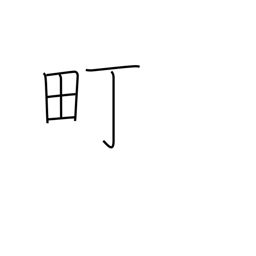
Meaning: block